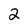
Character: 2